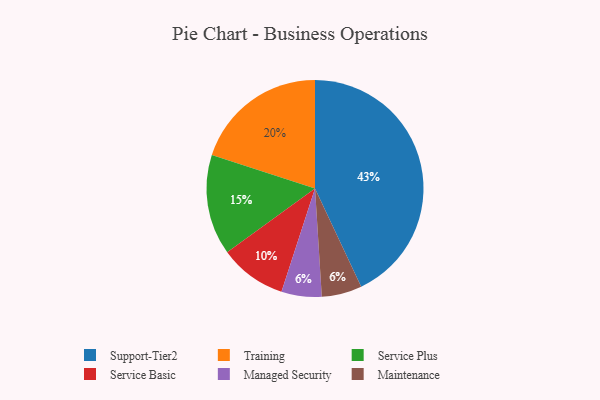
{"axis": {"x": "Category", "y": "Percentage"}, "legend": ["Maintenance", "Managed Security", "Service Basic", "Service Plus", "Support-Tier2", "Training"], "data": [{"x": "Service Plus", "y": 15, "type": "Service Plus"}, {"x": "Managed Security", "y": 6, "type": "Managed Security"}, {"x": "Service Basic", "y": 10, "type": "Service Basic"}, {"x": "Maintenance", "y": 6, "type": "Maintenance"}, {"x": "Support-Tier2", "y": 43, "type": "Support-Tier2"}, {"x": "Training", "y": 20, "type": "Training"}]}